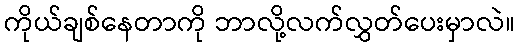
ကိုယ်ချစ်နေတာကို ဘာလို့လက်လွှတ်ပေးမှာလဲ။